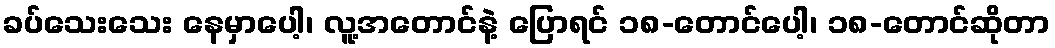
ခပ်သေးသေး နေမှာပေါ့၊ လူ့အတောင်နဲ့ ပြောရင် ၁၈-တောင်ပေါ့၊ ၁၈-တောင်ဆိုတာ